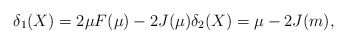
\begin{align*}\delta_1(X)=2\mu F(\mu)-2 J(\mu)\delta_2(X)=\mu-2J(m),\end{align*}